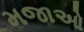
મજાઓ